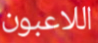
اللاعبون